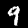
Digit: 9